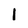
Character: 1